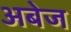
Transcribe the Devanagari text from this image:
अबेज